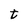
Character: t